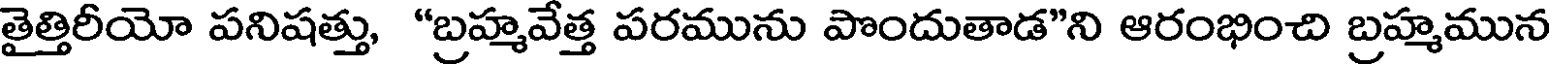
తైత్తిరీయో పనిషత్తు, "బ్రహ్మవేత్త పరమును పొందుతాడ"ని ఆరంభించి బ్రహ్మమున